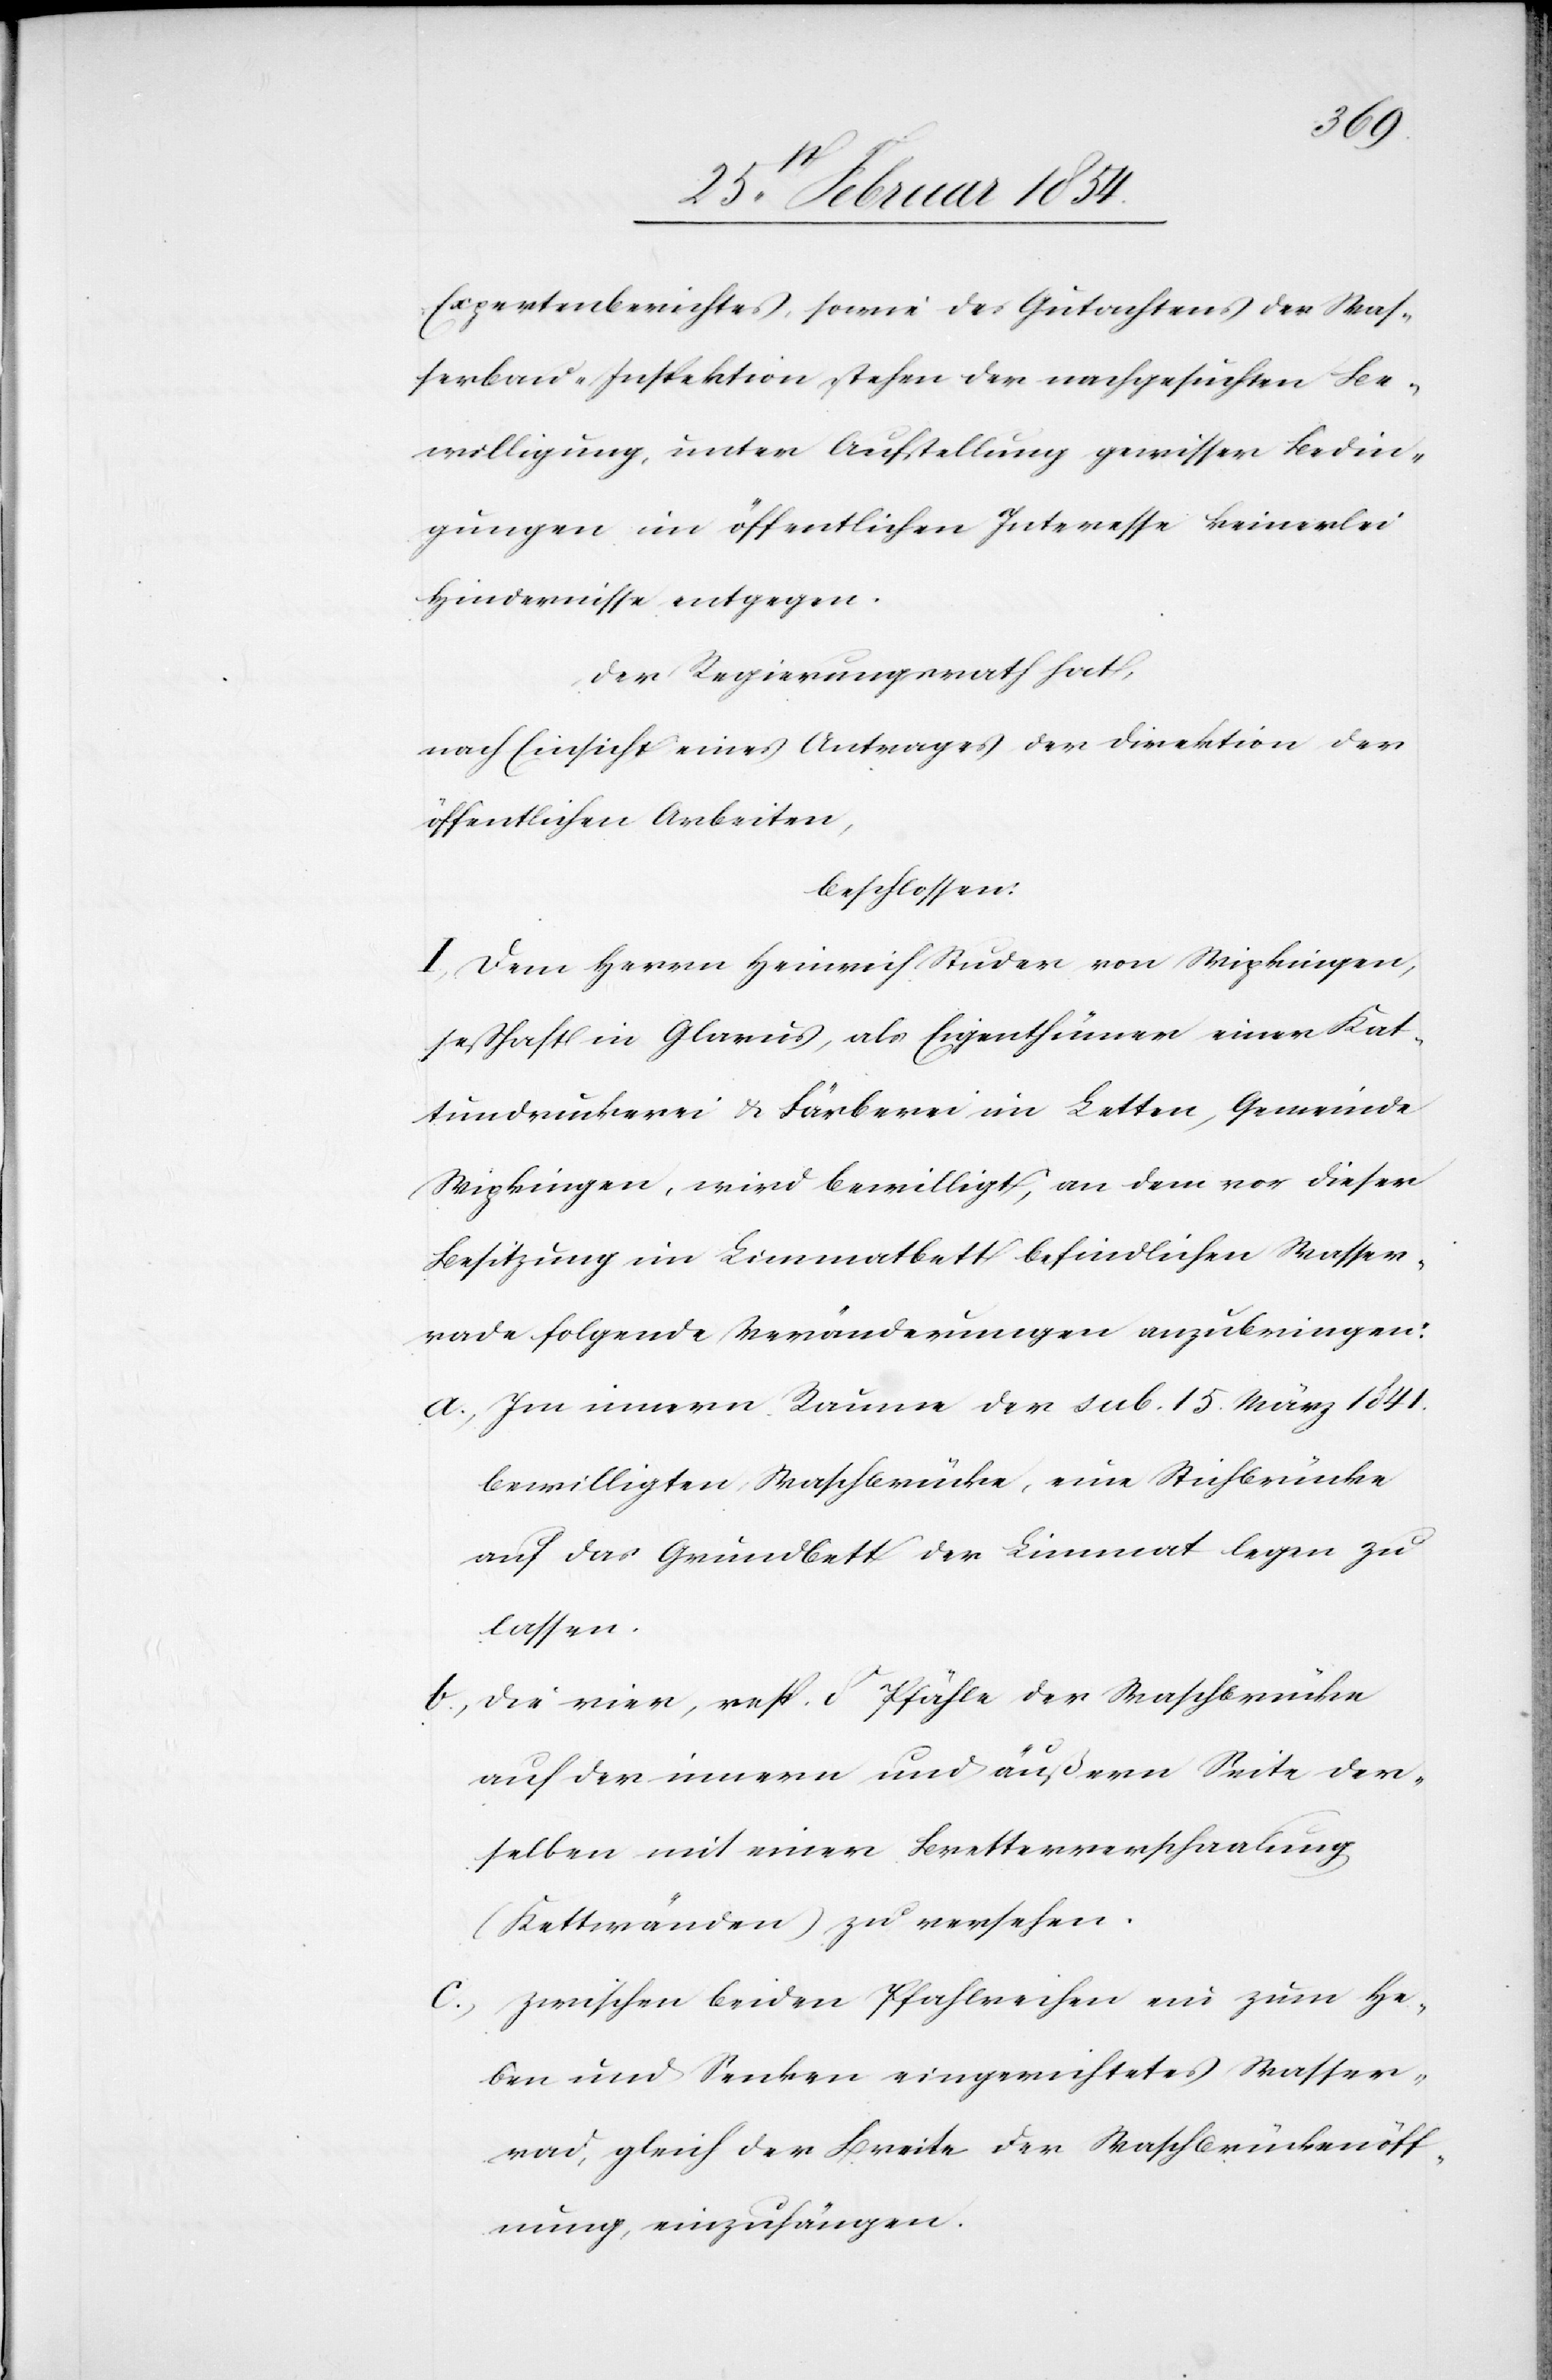
Expertenberichtes, sowie des Gutachtens der Was¬
sbau-Inspektion stehen der nachgesuchten Be¬
willigung, unter Aufstellung gewisser Bedin¬
gungen im öffentlichen Interesse keinerlei
Hindernisse entgegen.
Der Regierungsrath hat,
nach Einsicht eines Antrages der Direktion der
öffentlichen Arbeiten,
beschlossen:
I. Dem Herrn Heinrich Studer von Wipkingen,
seßhaft in Glarus, als Eigenthümer einer Kat¬
tundruckerei & Färberei im Letten, Gemeinde
Wipkingen, wird bewilligt, an dem vor dieser
Besitzung im Limmatbett befindlichen Wasser¬
rade folgende Veränderungen anzubringen:
a; Im innern Raume der sub. 15. März 1841.
bewilligten Waschbrücke, eine Stichbrücke
auf das Grundbett der Limmat legen zu
lassen.
b; Die vier, resp. 8 Pfähle der Waschbrücke
auf der innern und äußern Seite der¬
selben mit einer Bretterverschaalung
(Kettwänden) zu versehen.
c; Zwischen beiden Pfahlreihen ein zum He¬
ben und Senken eingerichtetes Wasser¬
rad, gleich der Breite der Waschbrückenöff¬
nung, einzuhängen.